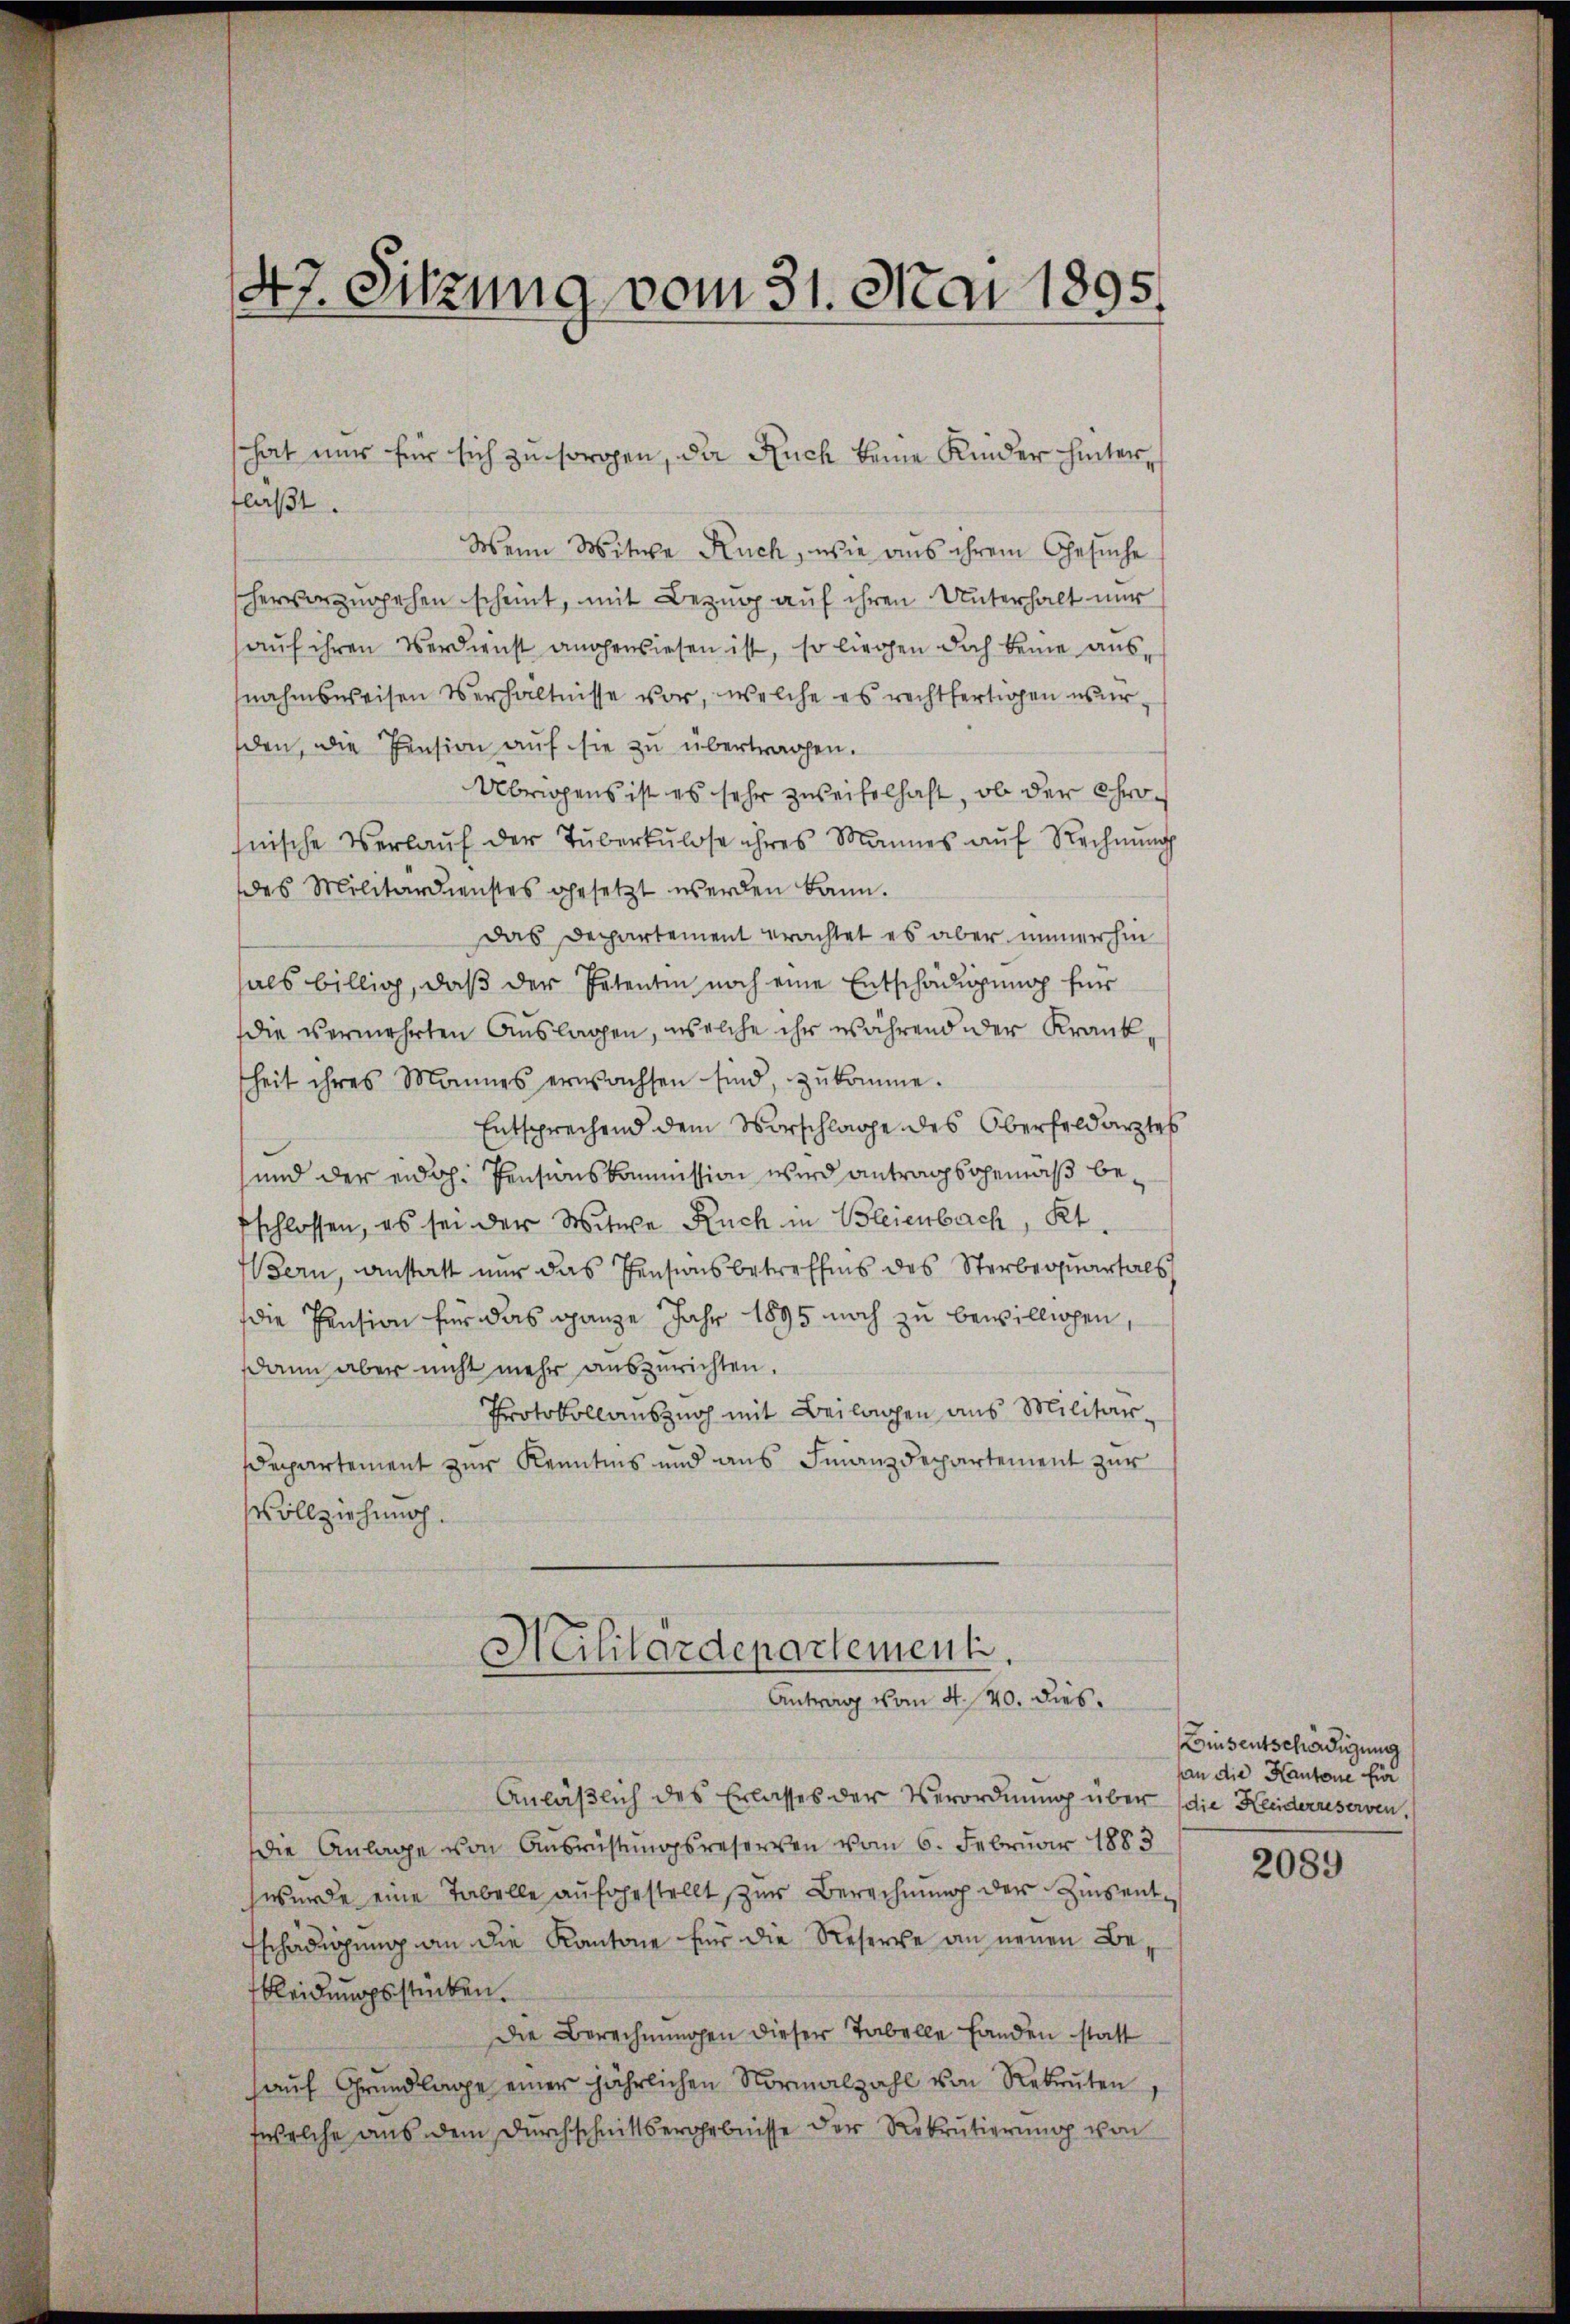
47. Sitzung vom 31. Mai 1895.

flaßt.
Wenn Mitwe Ruch, wie aus ihrem Gesuche
hervorzugehen scheint, mit Bezug auf ihren Unterhalt nur
auf ihren Verdienst angewiesen ist, so liegen doch keine ausnahmsweisen Verhältnisse vor, welche es rechtfertigen wurden, die Pension auf sie zu übertragen.
Übrigens ist es sehr zweifelhaft, ob der Chronische Verlaŭf der Tuberkulose ihres Mannes aŭf Rechnŭng
des Militärdienstes gesetzt werden kann.
Das Departement erachtet es aber immerhin
als billig, daß der Petentin noch eine Entschädigung für
die vermehrten Auslagen, welche ihr während der Krankheit ihres Mannes erwachsen sind, zŭkomme.
Entsprechend dem Vorschlage des Oberfeldarztes
und der eidh. Pensionskommission wird antragsgemäß befschlossen, es sei der Witwe Ruch in Bleienbach, Kt.
Bern, anstatt nur das Pensionsbetreffnis des Sterbequartals
die Pension für das ganze Jahr 1895 noch zu bewilligen,
dann aber nicht mehr auszurichten.
Protokollanszuch mit Beilagen aus Militärdepartement zur Kenntnis und aus Finanzdepartement zur
Vollziehung.
Militärdepartement.
Antrag vom 4. 40. dies.
Anläβlich des Erlasses der Verordnŭng über die Heiderserven,
die Anlage von Ausrüstungsreserven vom 6. Februar 1883
wurde eine Tabelle aufgestellt, zur Berechnung der Zinsenttschädigŭng an die Kantone für die Reserte an neuen Be-
kleidungsstücken.
Die Berechnungen dieser Tabelle Landen statt
auf Grundlage einer jährlichen Normalzahl von Rekruten
welche aus dem Durchschnittsergebnisse der Rekrutierung von

hat nur für sich zu sorgen, die Auch keine Kinder hinter¬

Consentschädigung
An die Kantone fii

2089